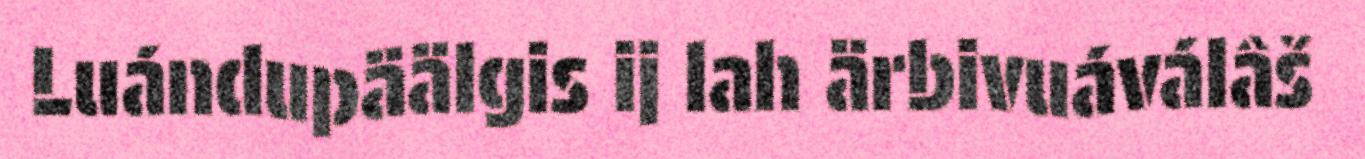
Luándupäälgis ij lah ärbivuáválâš